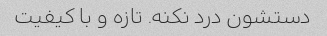
دستشون درد نکنه. تازه و با کیفیت